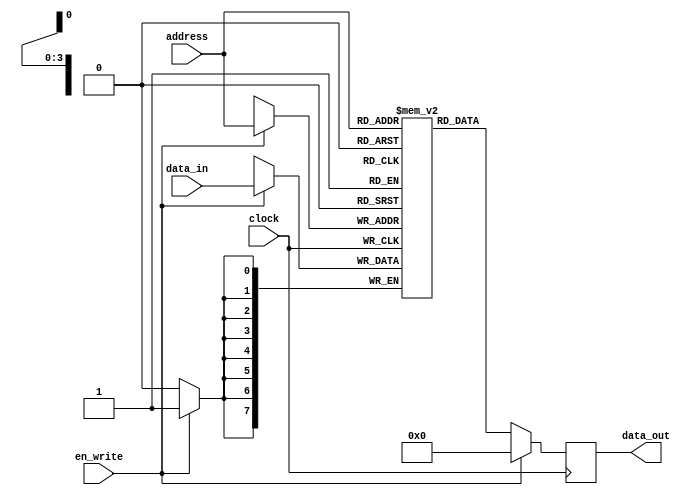
`timescale 1ns / 1ps
//////////////////////////////////////////////////////////////////////////////////
// Company: 
// Engineer: 
// 
// Design Name: 
// Module Name:    regfile 
// Project Name: 
// Target Devices: 
// Tool versions: 
// Description: 
//
// Dependencies: 
//
// Revision: 
// Revision 0.01 - File Created
// Additional Comments: 
//
//////////////////////////////////////////////////////////////////////////////////
module regfile(input clock, input [3:0] address, input en_write, input [7:0] data_in, output [7:0] data_out);

// Register file storage
reg [7:0] registers[0:15];
reg [7:0] out_val;

// Read and write from register file
always @(posedge clock ) begin
    if (en_write) begin // si escribir en alto
        registers[address] <= data_in; // asigna al registro en la posicion address el valor de dato de entrada
		  out_val <= 8'h00;end
		  
    else
        out_val <= registers[address]; // sino asigna a la salida el dato en posicion address
end
// Output data if not writing. If we are writing,
// do not drive output pins. This is denoted
// by assigning 'z' to the output pins.

assign data_out =  out_val;

endmodule